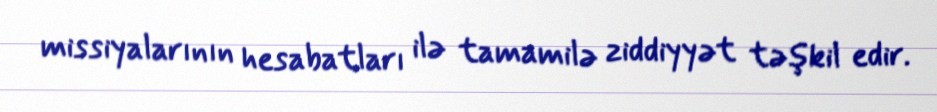
missiyalarının hesabatları ilə tamamilə ziddiyyət təşkil edir.